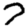
Digit: 7